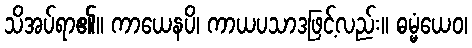
သိအပ်ရာ၏။ ကာယေနပိ၊ ကာယပသာဒဖြင့်လည်း။ ဓမ္မံယေဝ၊